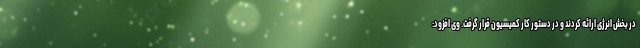
در بخش انرژی ارائه کردند و در دستور کار کمیسیون قرار گرفت. وی افزود: